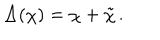
\Delta ( \chi ) = \chi + \tilde { \chi } \, .